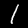
Digit: 1